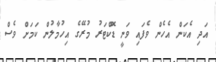
އަދި އެކަން އެހެން ވެފައި ވަނީ ޑޮކްޓަރު މުރޭގެ އިހުމާލުން ކަމަށް ވެސް